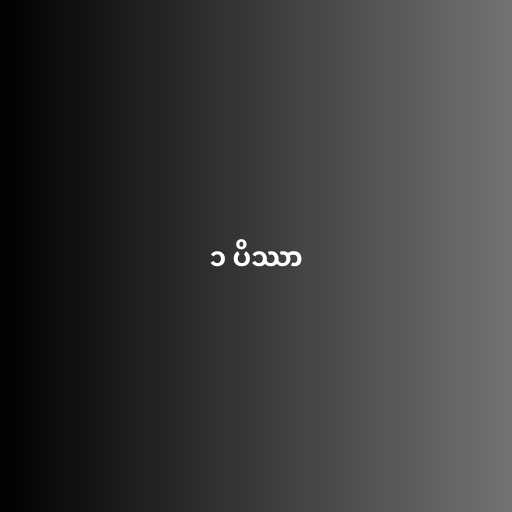
၁ ပိဿာ